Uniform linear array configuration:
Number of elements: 4
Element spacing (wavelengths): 0.25
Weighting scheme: binomial
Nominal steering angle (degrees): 30
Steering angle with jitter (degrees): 29.201
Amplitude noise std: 0.05
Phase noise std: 0.05

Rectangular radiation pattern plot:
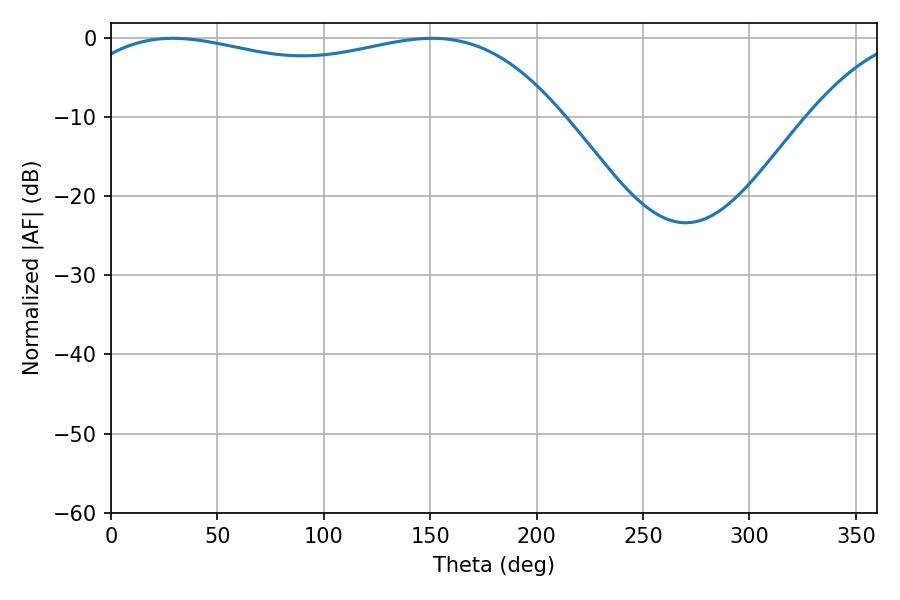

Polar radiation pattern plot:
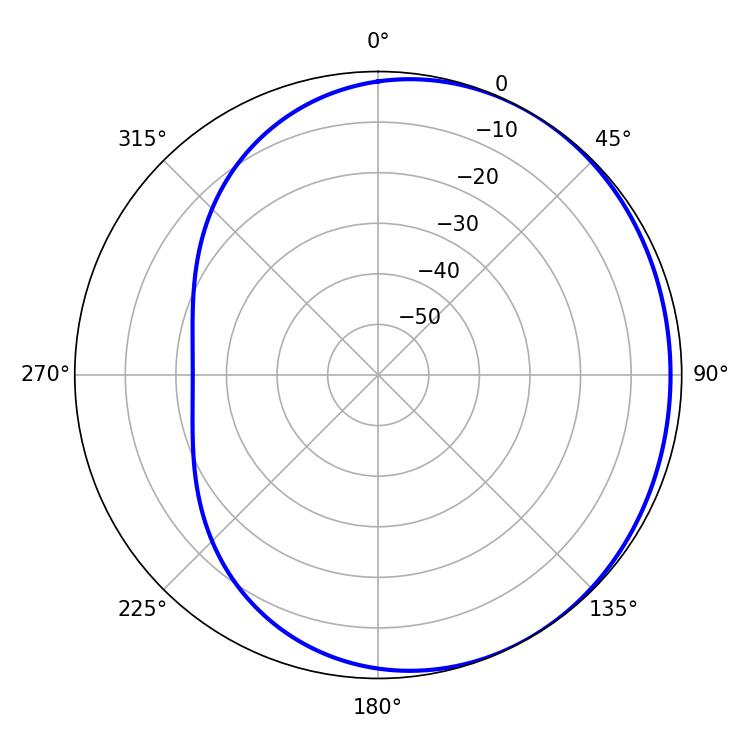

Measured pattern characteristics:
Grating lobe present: FALSE
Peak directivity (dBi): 1.422
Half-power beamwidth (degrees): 186.3
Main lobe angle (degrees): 29.16